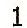
1